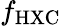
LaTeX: f_{\mathrm{HXC}}